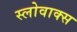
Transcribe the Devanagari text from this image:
स्लोवाक्स